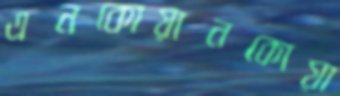
এনকোয়ানকোয়া